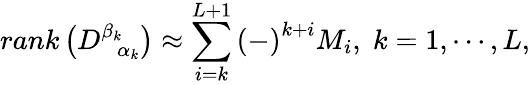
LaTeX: rank\left(D_{\; \; \alpha_{k}}^{\beta_{k}}\right)\approx\sum_{i=k}^{L+1}\left(-\right)^{k+i}M_{i},\; k=1,\cdots,L,